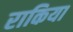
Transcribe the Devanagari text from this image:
राकिया